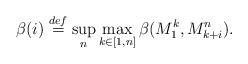
LaTeX: \begin{align*} \beta(i) \stackrel{def}{=} \sup_n \max_{k \in [1,n]} \beta( M_1^k, M_{k+i}^n).\end{align*}